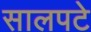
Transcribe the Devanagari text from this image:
सालपटे